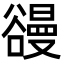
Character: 䜱